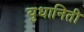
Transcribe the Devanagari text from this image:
युधानिती